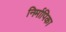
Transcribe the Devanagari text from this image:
निर्मापिका